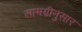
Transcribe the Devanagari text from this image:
सामग्रीनुसार